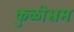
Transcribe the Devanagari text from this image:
कुळीभ्रम